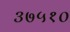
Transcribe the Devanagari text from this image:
३७५१०